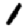
Digit: 1